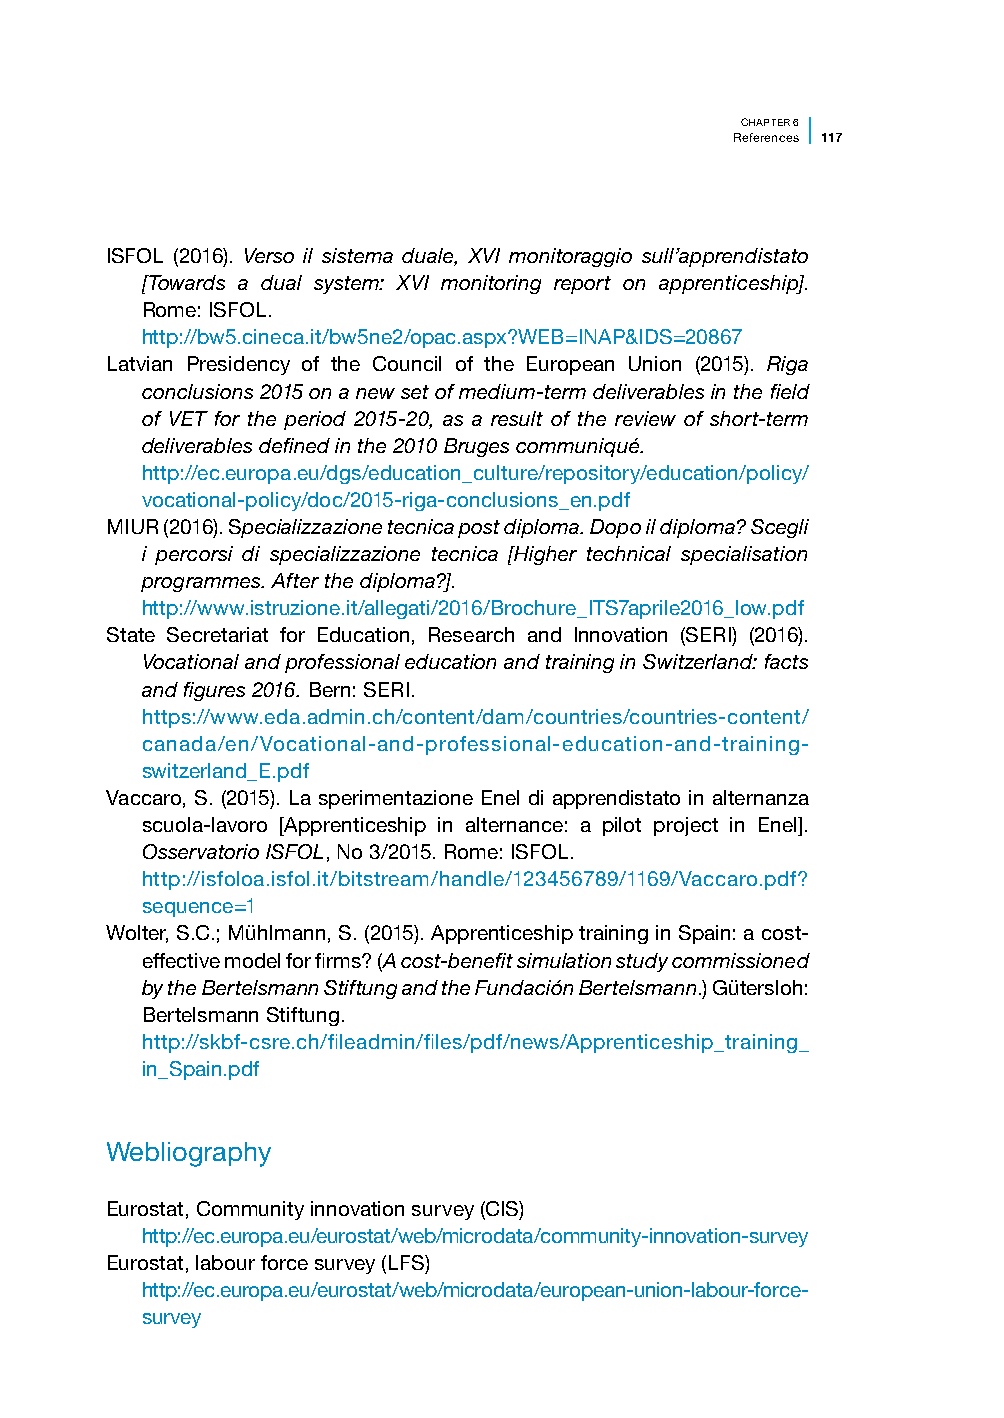
CHAPTER 6
 References 117
 ISFOL (2016). Verso il sistema duale, XVI monitoraggio sull’apprendistato
 [Towards a dual system: XVI monitoring report on apprenticeship].
 Rome: ISFOL.
 http://bw5.cineca.it/bw5ne2/opac.aspx?WEB=INAP&IDS=20867
 Latvian Presidency of the Council of the European Union (2015). Riga
 conclusions 2015 on a new set of medium-term deliverables in the field
 of VET for the period 2015-20, as a result of the review of short-term
 deliverables defined in the 2010 Bruges communiqué.
 http://ec.europa.eu/dgs/education_culture/repository/education/policy/
 vocational-policy/doc/2015-riga-conclusions_en.pdf
 MIUR (2016). Specializzazione tecnica post diploma. Dopo il diploma? Scegli
 i percorsi di specializzazione tecnica [Higher technical specialisation
 programmes. After the diploma?].
 http://www.istruzione.it/allegati/2016/Brochure_ITS7aprile2016_low.pdf
 State Secretariat for Education, Research and Innovation (SERI) (2016).
 Vocational and professional education and training in Switzerland: facts
 and figures 2016. Bern: SERI.
 https://www.eda.admin.ch/content/dam/countries/countries-content/
 canada/en/Vocational-and-professional-education-and-training-
 switzerland_E.pdf
 Vaccaro, S. (2015). La sperimentazione Enel di apprendistato in alternanza
 scuola-lavoro [Apprenticeship in alternance: a pilot project in Enel].
 Osservatorio ISFOL, No 3/2015. Rome: ISFOL.
 http://isfoloa.isfol.it/bitstream/handle/123456789/1169/Vaccaro.pdf?
 sequence=1
 Wolter, S.C.; Mühlmann, S. (2015). Apprenticeship training in Spain: a cost-
 effective model for firms? (A cost-benefit simulation study commissioned
 by the Bertelsmann Stiftung and the Fundación Bertelsmann.) Gütersloh:
 Bertelsmann Stiftung.
 http://skbf-csre.ch/fileadmin/files/pdf/news/Apprenticeship_training_
 in_Spain.pdf
 Webliography
 Eurostat, Community innovation survey (CIS)
 http://ec.europa.eu/eurostat/web/microdata/community-innovation-survey
 Eurostat, labour force survey (LFS)
 http://ec.europa.eu/eurostat/web/microdata/european-union-labour-force-
 survey